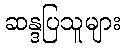
ဆန္ဒပြသူများ